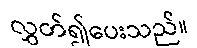
လွှတ်၍ပေးသည်။